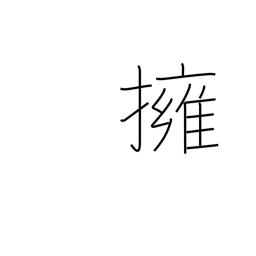
Meaning: hug